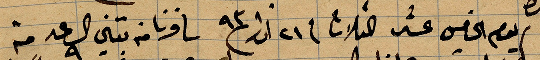
يوم الخامس عشر الثلاثا في ٢١ اذار ١٨٩٣ سافرنا من تبني الساعة ٩ من